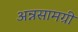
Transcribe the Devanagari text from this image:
अन्नसामग्री